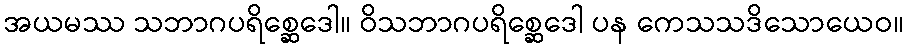
အယမဿ သဘာဂပရိစ္ဆေဒေါ။ ဝိသဘာဂပရိစ္ဆေဒေါ ပန ကေသသဒိသောယေဝ။